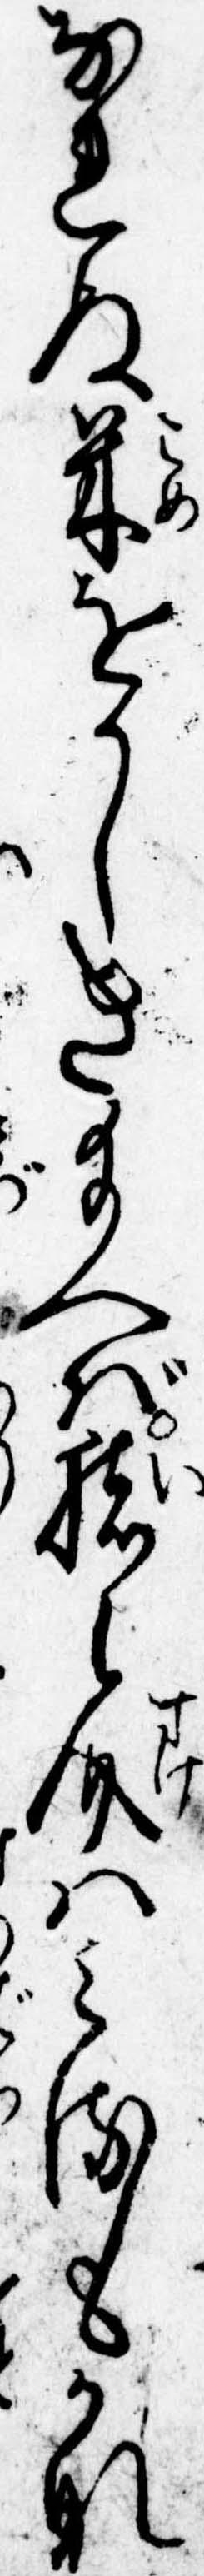
なれぬ米をかしき給へば猪之介はみるもかな